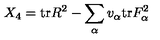
X _ { 4 } = \mathrm { t r } R ^ { 2 } - \sum _ { \alpha } v _ { \alpha } \mathrm { t r } F _ { \alpha } ^ { 2 }